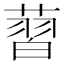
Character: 𦸚